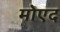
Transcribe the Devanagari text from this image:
मोएद